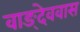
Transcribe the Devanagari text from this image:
वाङ्देववास